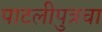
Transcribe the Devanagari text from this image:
पाटलीपुत्रचा